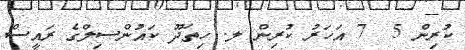
ކުރިން 5  7 އަހަރު ކުރިން ލ. ހިތަދޫ ކައުންސިލްގެ ރައީސް